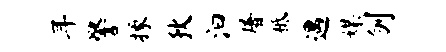
耳警掾狄汩屠柢遇媒刎